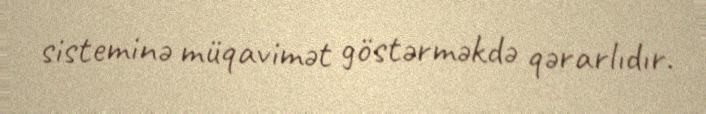
sisteminə müqavimət göstərməkdə qərarlıdır.